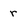
Character: r